Vaccination in the Punjab 1905-1918 - 1905-1918
Year: 1905
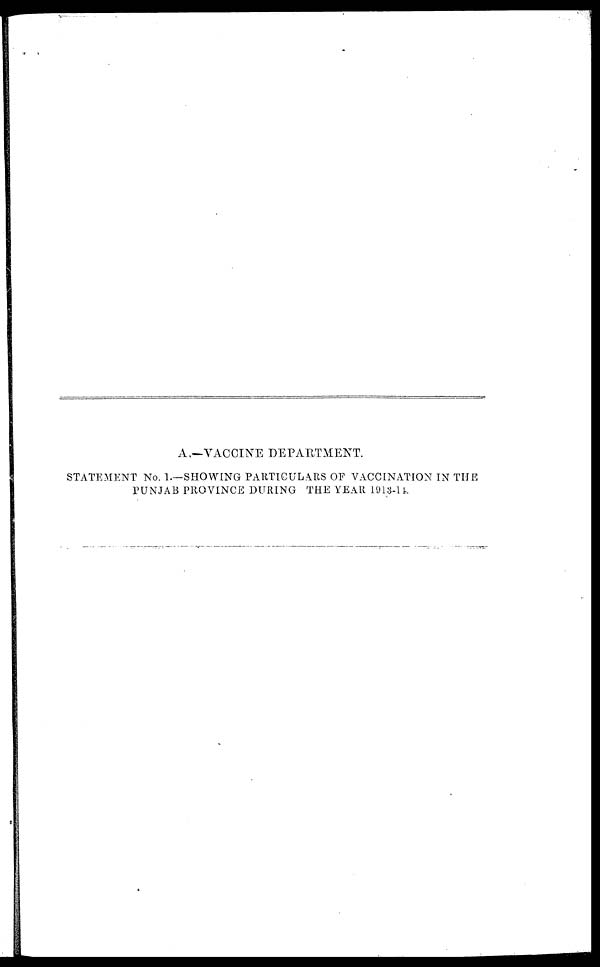
A —VACCINE DEPARTMENT.
STATEMENT No. 1.—SHOWING PARTICULARS OF VACCINATION IN THE
PUNJAB PROVINCE DURING THE YEAR 1913-14.